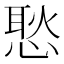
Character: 𢞚